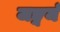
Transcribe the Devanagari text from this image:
जङ्गमं